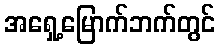
အရှေ့မြောက်ဘက်တွင်